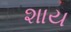
શાય